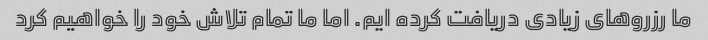
ما رزروهای زیادی دریافت کرده ایم. اما ما تمام تلاش خود را خواهیم کرد